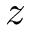
z